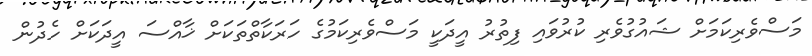
މަސްވެރިކަމަށް ޝައުގުވެރި ކުރުވައި ފިތުރު އީދަކީ މަސްވެރިކަމުގެ ހަރަކާތްތަކަށް ޚާއްސަ އީދަކަށް ހެދުން